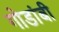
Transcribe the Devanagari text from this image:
गोडांबी